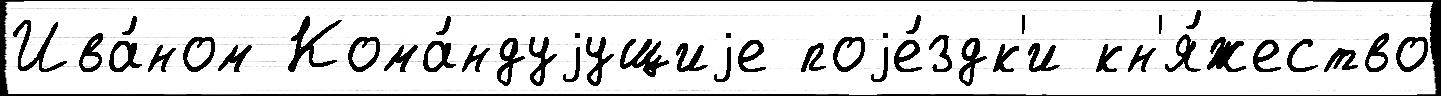
Ива́ном Кома́ндуjущиjе поjе́здк'и кн'я́жество